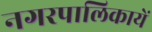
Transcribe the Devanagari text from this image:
नगरपालिकायें